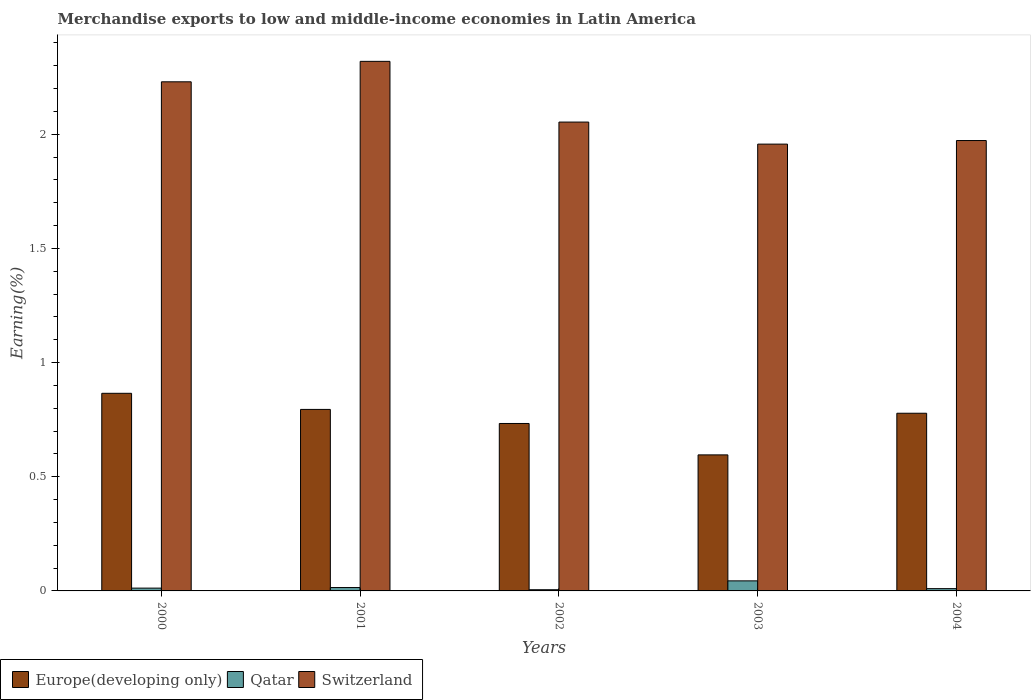
| Years | Europe(developing only) | Qatar | Switzerland |
 | --- | --- | --- | --- |
 | 2000 | 0.866 | 0.0123 | 2.23 |
 | 2001 | 0.795 | 0.0148 | 2.32 |
 | 2002 | 0.733 | 0.00521 | 2.05 |
 | 2003 | 0.596 | 0.0441 | 1.96 |
 | 2004 | 0.778 | 0.01 | 1.97 |